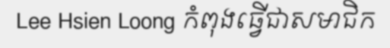
Lee Hsien Loong កំពុងធ្វើជាសមាជិក